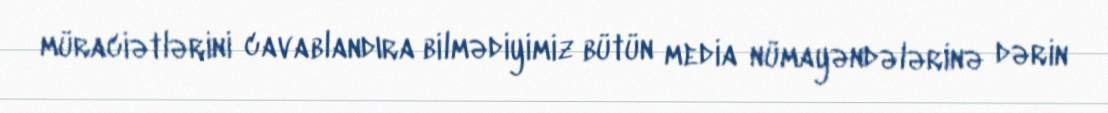
müraciətlərini cavablandıra bilmədiyimiz bütün media nümayəndələrinə dərin